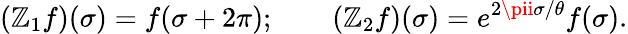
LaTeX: (\mathbb{Z}_{1}f)(\sigma)=f(\sigma+2\pi);\qquad(\mathbb{Z}_{2}f)(\sigma)=e^{2\pii\sigma/\theta}f(\sigma).